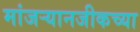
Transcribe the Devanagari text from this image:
मांजर्‍यानजीकच्या